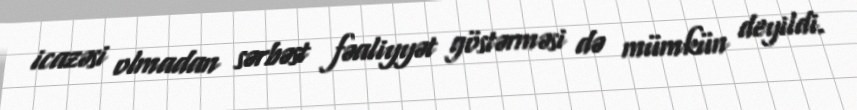
icazəsi olmadan sərbəst fəaliyyət göstərməsi də mümkün deyildi.